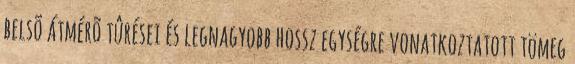
belsõ átmérõ tûrései és legnagyobb hossz egységre vonatkoztatott tömeg